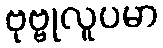
ဗုဗ္ဗုလူပမာ